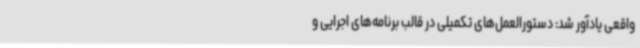
واقعی یادآور شد: دستورالعمل‌های تکمیلی در قالب برنامه‌های اجرایی و